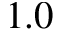
1 . 0